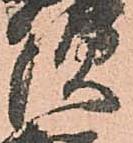
須